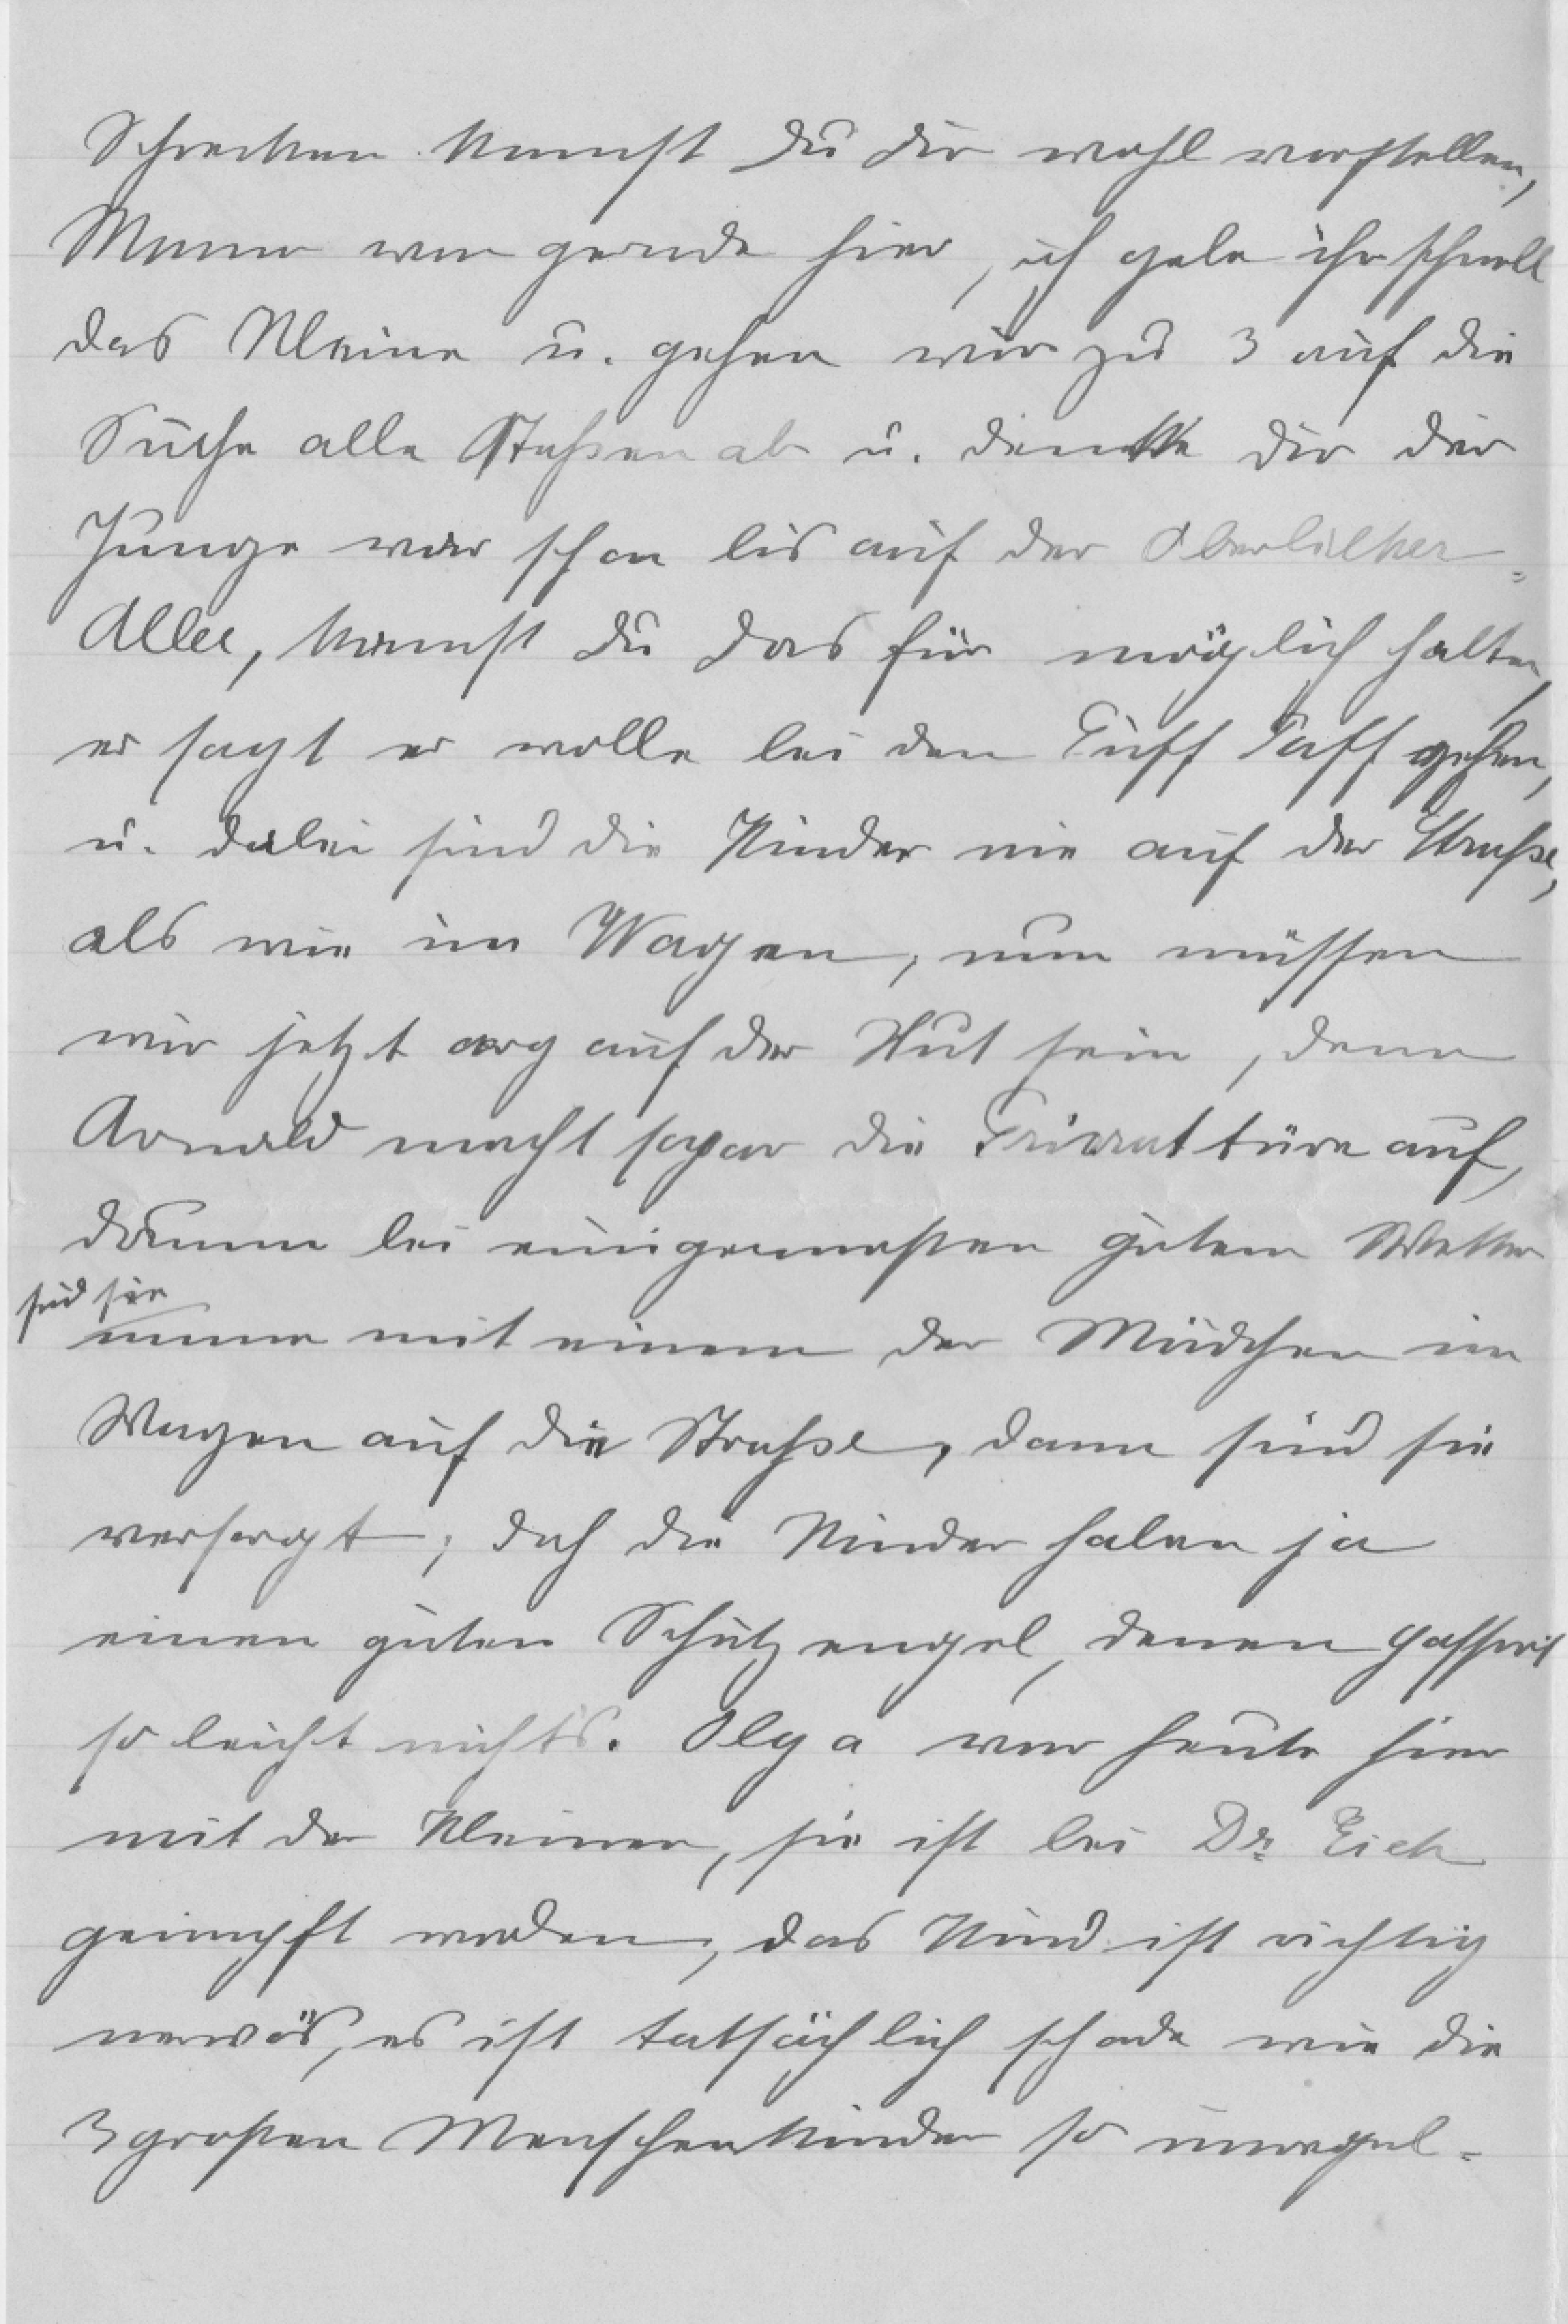
Schrecken kannst du dir wohl vorstellen,
Maria war gerade hier, ich gebe ihr schnell
das Kleine u. gehen wir zu 3 auf die
Suche alle Straßen ab u. denke dir der
Junge war schon bis auf der Oberbilker
Allee, kannst du das für möglich halten,
er sagt er wolle bei der Puff Paff gehen,
u. dabei sind die Kinder nie auf der Straße,
als wie im Wagen, nun müssen
wir jetzt arg auf der Hut sein, denn
Arnold macht sogar die Privattüre auf,
darum bei einigermaßen gutem Wetter
sind sie
immer mit einem der Mädchen im
Wagen auf die Straße, dann sind sie
versorgt; doch die Kinder haben ja
einen guten Schutzengel, denen passiert
so leicht nichts. Olga war heute hier
mit der Kleinen, sie ist bei Dr. Eich
geimpft worden, das Kind ist richtig
nervös, es ist tatsächlich schade wie die
3 großen Menschenkinder so unregel¬